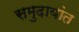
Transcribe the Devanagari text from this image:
समुदायांत